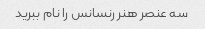
سه عنصر هنر رنسانس را نام ببرید